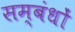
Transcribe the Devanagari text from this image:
सम्बंधोंं